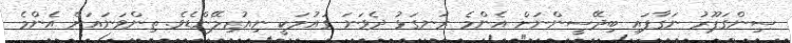
ސިންގަޕޫރު ނަގާފައި ބިދޭސީންނަށް އެންމެ ރަނގަޅު ދެވަނަ ގައުމަކީ ނިއުޒިލޭންޑެވެ. ތިންވަނައަށް އެންމެ